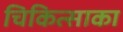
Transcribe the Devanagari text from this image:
चिकित्साका